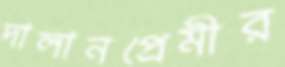
দালানপ্রেমীর